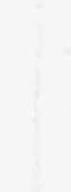
し